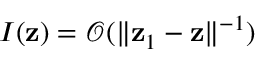
I ( \mathbf { z } ) = \mathcal { O } ( \| \mathbf { z } _ { 1 } - \mathbf { z } \| ^ { - 1 } )